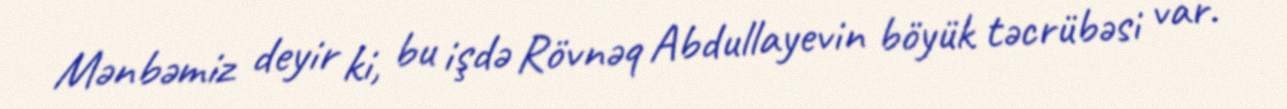
Mənbəmiz deyir ki, bu işdə Rövnəq Abdullayevin böyük təcrübəsi var.